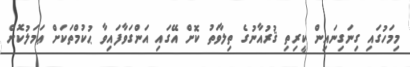
މިމަހުގައި ގިނަގިނައިން ކީރިތި ޤުރުއާނުގެ ތިލާވަތު ކޮށް އޭގައި އަންގަވާފައިވާ ޙުކުމްތަކަށް ޢަމަލުކޮށް